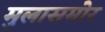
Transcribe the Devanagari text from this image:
मुलासमोर